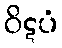
ဝိဋပံ